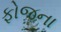
ફોજના